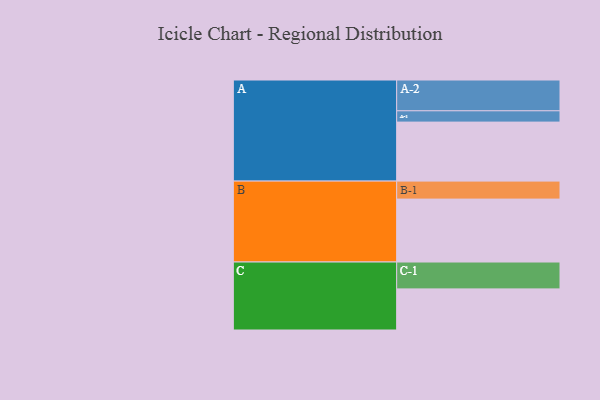
{"axis": {"x": "Segment", "y": "Value"}, "legend": ["", "A", "B", "C"], "data": [{"x": "A", "y": 538, "type": ""}, {"x": "B", "y": 574, "type": ""}, {"x": "C", "y": 375, "type": ""}, {"x": "A-1", "y": 103, "type": "A"}, {"x": "A-2", "y": 281, "type": "A"}, {"x": "B-1", "y": 164, "type": "B"}, {"x": "C-1", "y": 245, "type": "C"}]}